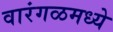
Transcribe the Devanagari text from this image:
वारंगळमध्ये